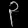
Digit: ၃